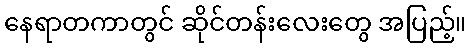
နေရာတကာတွင် ဆိုင်တန်းလေးတွေ အပြည့်။